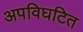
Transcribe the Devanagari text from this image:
अपविघटित